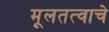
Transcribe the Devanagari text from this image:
मूलतत्वाचे